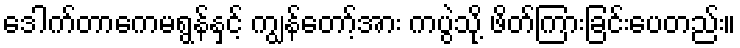
ဒေါက်တာကေမရွန်နှင့် ကျွန်တော့်အား ကပွဲသို့ ဖိတ်ကြားခြင်းပေတည်း။